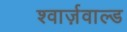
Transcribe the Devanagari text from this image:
श्वार्ज़वाल्ड